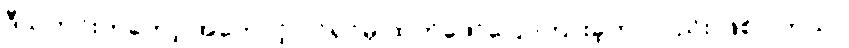
ဒီသတင်းကတော့ အကောင့် ပိုင်ရှင်မှ ထုတ်ဖော်ပြောကြားခဲ့တာလည်း ဖြစ်ပါတယ်။